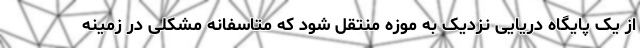
از یک پایگاه دریایی نزدیک به موزه منتقل شود که متاسفانه مشکلی در زمینه